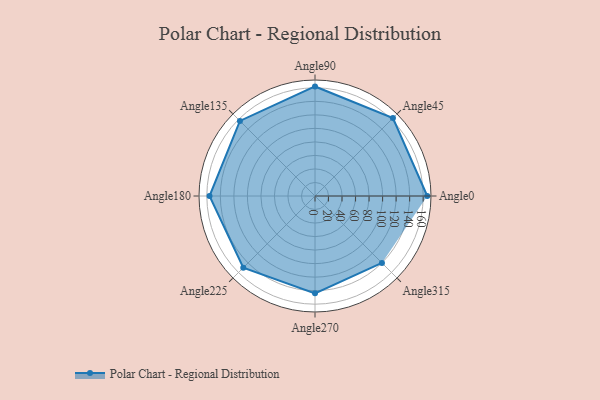
{"axis": {"x": "Angle", "y": "Radius"}, "legend": [""], "data": [{"x": "Angle0", "y": 166.0, "type": ""}, {"x": "Angle45", "y": 163.0, "type": ""}, {"x": "Angle90", "y": 162.0, "type": ""}, {"x": "Angle135", "y": 157.0, "type": ""}, {"x": "Angle180", "y": 156.0, "type": ""}, {"x": "Angle225", "y": 150.0, "type": ""}, {"x": "Angle270", "y": 144.0, "type": ""}, {"x": "Angle315", "y": 140.0, "type": ""}]}